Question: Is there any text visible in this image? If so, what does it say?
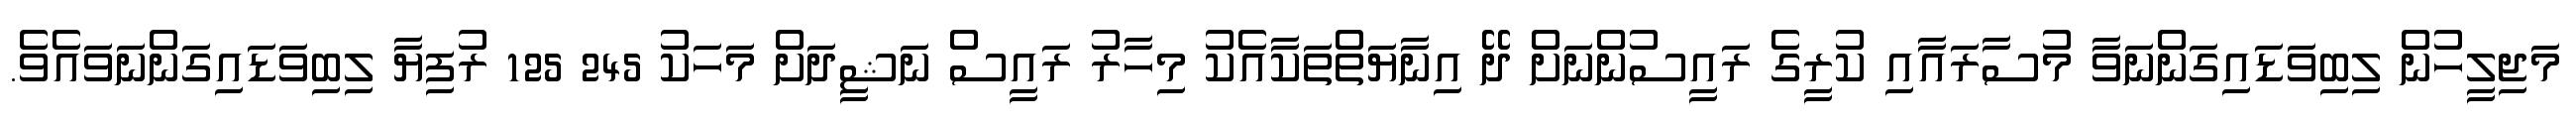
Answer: މަޖިލީހުން ލިބިވަޑައިގަންނަވާ މުސާރައާއި ކުރީގެ ރައީސުންނަށް ދޭ އިނާޔަތްތަކާއެކު މިހާރު ރައީސް ނަޝީދަށް މަހަކު 245 125 ރުފިޔާ ލިބިވަޑައިގަންނަވައެވެ.